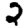
Digit: 2